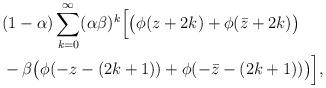
LaTeX: \begin{align*}&(1-\alpha)\sum_{k=0}^\infty(\alpha\beta)^k\Big[\big(\phi(z+{2k})+\phi(\bar{z}+2k)\big)\\&-\beta\big(\phi(-z-(2k+1))+\phi(-\bar{z}-(2k+1))\big)\Big],\end{align*}